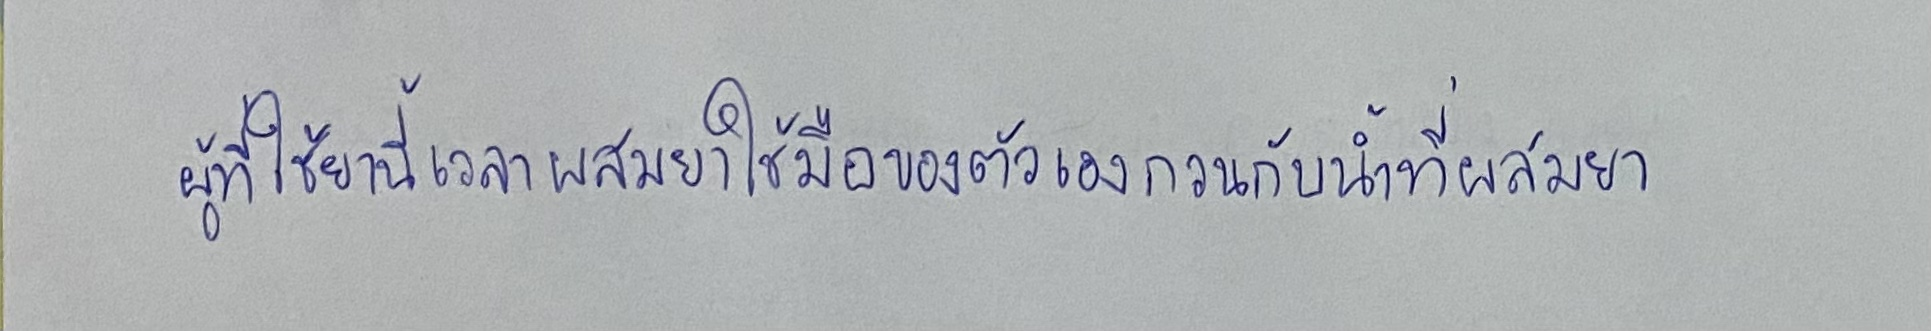
ผู้ที่ใช้ยานี้เวลาผสมยาใช้มือของตัวเองกวนกับน้ำที่ผสมยา